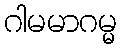
ဂါမမာဂမ္မ